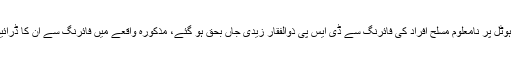
شاہ فیصل کالونی نمبر دو میں ہوٹل پر نامعلوم مسلح افراد کی فائرنگ سے ڈی ایس پی ذوالفقار زیدی جاں بحق ہو گئے، مذکورہ واقعے میں فائرنگ سے ان کا ڈرائیور شہزاد بھی جاں بحق ہو گیا۔